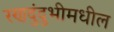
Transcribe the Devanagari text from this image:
रणदुंदुभीमधील